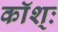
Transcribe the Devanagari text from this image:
कॉश्ः